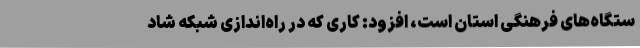
ستگاه‌های فرهنگی استان است، افزود: کاری که در راه‌اندازی شبکه شاد